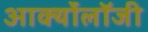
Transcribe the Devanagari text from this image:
आर्क्योलॉजी